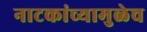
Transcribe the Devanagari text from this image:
नाटकांच्यामुळेच